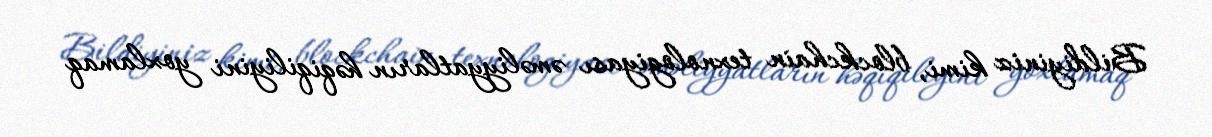
Bildiyiniz kimi, blockchain texnologiyası əməliyyatların həqiqiliyini yoxlamaq